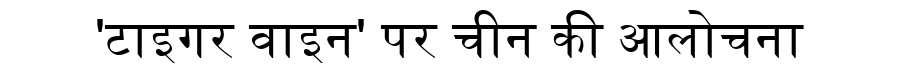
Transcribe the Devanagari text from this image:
'टाइगर वाइन' पर चीन की आलोचना